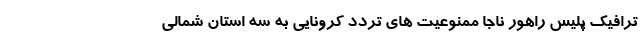
ترافیک پلیس راهور ناجا ممنوعیت های تردد کرونایی به سه استان شمالی